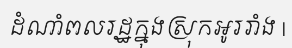
ដំណាំពលរដ្ឋក្នុងស្រុកអូររាំង |